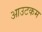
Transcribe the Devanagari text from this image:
आउटकम